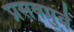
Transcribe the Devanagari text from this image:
प्रसवपुर्व